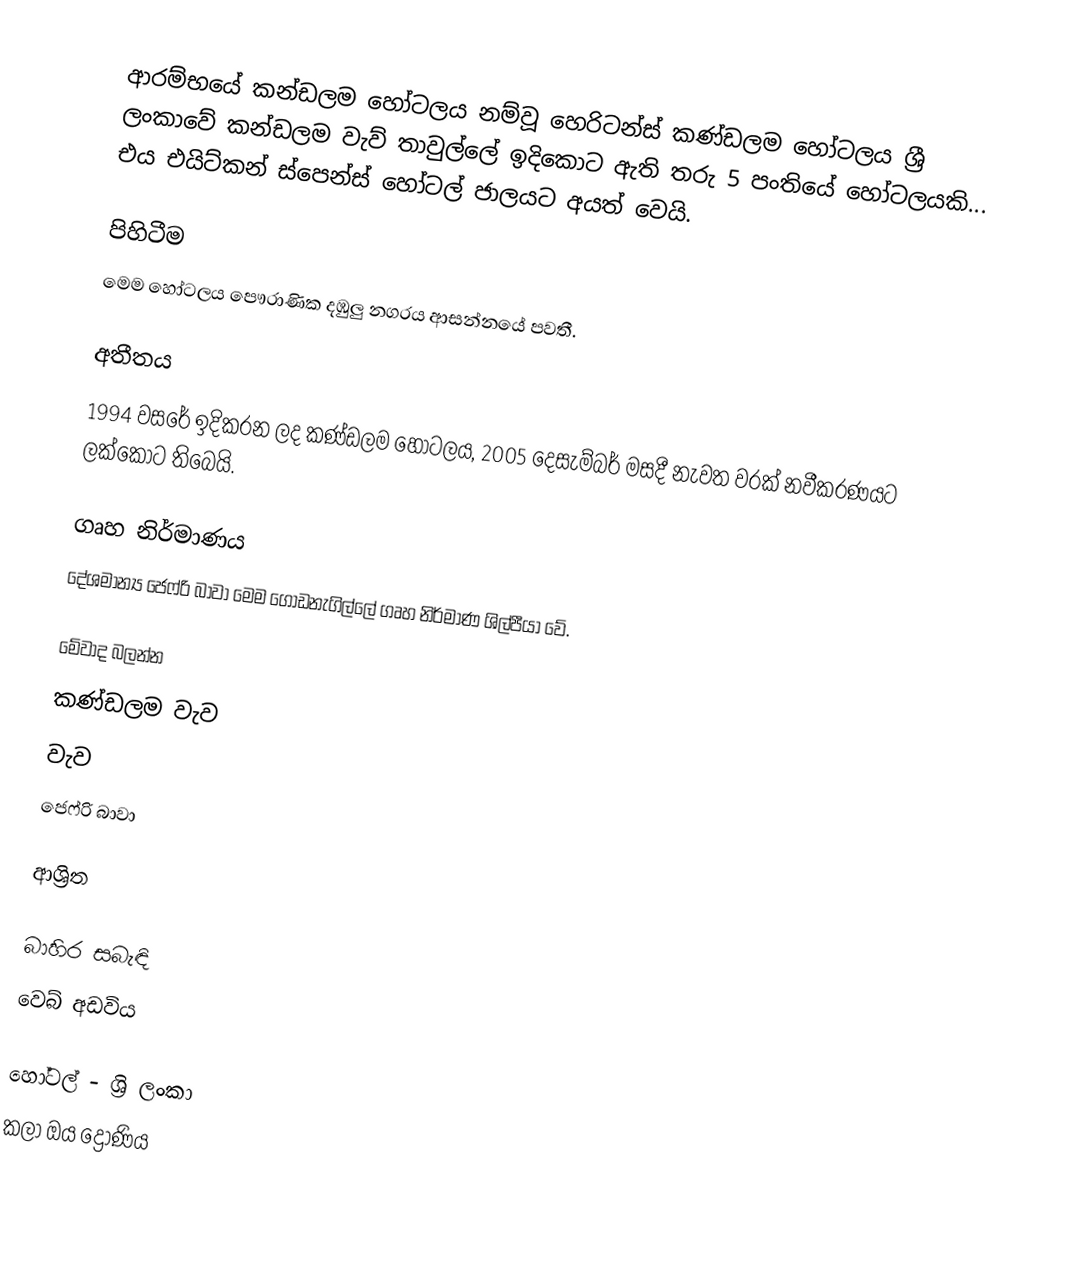
ආරම්භයේ කන්ඩලම හෝටලය නම්වූ  හෙරිටන්ස් කණ්ඩලම හෝටලය ශ්‍රී ලංකාවේ කන්ඩලම වැව් තාවුල්ලේ ඉදිකොට ඇති තරු 5 පංතියේ හෝටලයකි... එය එයිට්කන් ස්පෙන්ස් හෝටල් ජාලයට අයත් වෙයි.

පිහිටීම
මෙම හෝටලය පෞරාණික දඹුලු නගරය ආසන්නයේ පවතී.

අතීතය
1994 වසරේ ඉදිකරන ලද කණ්ඩලම හෝටලය, 2005 දෙසැම්බර් මසදී නැවත වරක් නවීකරණයට ලක්කොට තිබෙයි.

ගෘහ නිර්මාණය
‍දේශමාන්‍ය ජෙෆ්රි බාවා මෙම ගොඩනැගිල්ලේ ගෘහ නිර්මාණ ශිල්පීයා වේ.

මේවාද බලන්න
 කණ්ඩලම වැව
 වැව
 ජෙෆ්රි බාවා

ආශ්‍රිත

බාහිර සබැඳි
 වෙබ් අඩවිය

හෝටල් - ශ්‍රි ලංකා
කලා ඔය ද්‍රෝණිය